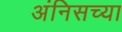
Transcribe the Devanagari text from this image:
अंनिसच्या